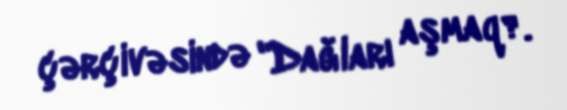
çərçivəsində "Dağları aşmaq?.